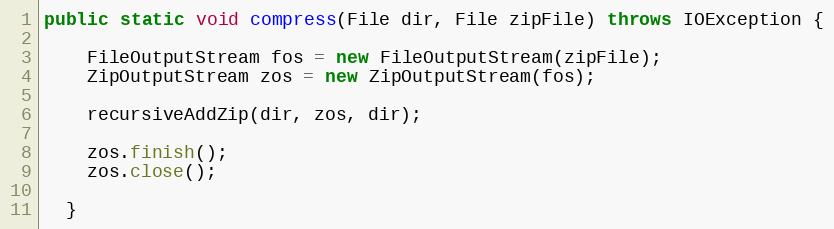
Language: Java
public static void compress(File dir, File zipFile) throws IOException {

    FileOutputStream fos = new FileOutputStream(zipFile);
    ZipOutputStream zos = new ZipOutputStream(fos);

    recursiveAddZip(dir, zos, dir);

    zos.finish();
    zos.close();

  }